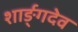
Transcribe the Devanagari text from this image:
शार्ङ्‌गदेव